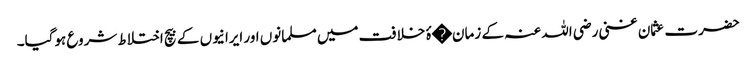
حضرت عثمان غنی رضی اللہ عنہ کے زمان�ۂ خلافت میں مسلمانوں اور ایرانیوں کے بیچ اختلاط شروع ہوگیا۔